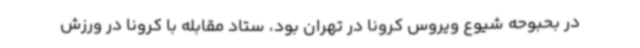
در بحبوحه شیوع ویروس کرونا در تهران بود، ستاد مقابله با کرونا در ورزش